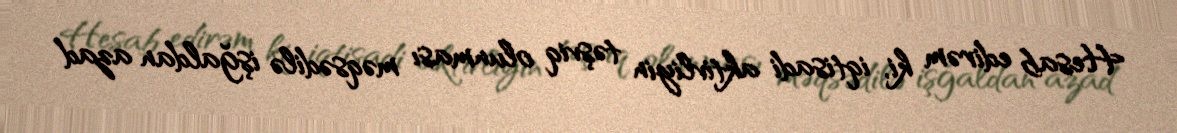
Hesab edirəm ki, iqtisadi aktivliyin təşviq olunması məqsədilə işğaldan azad